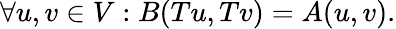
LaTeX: \forall u,v\in V:B(Tu,Tv)=A(u,v).